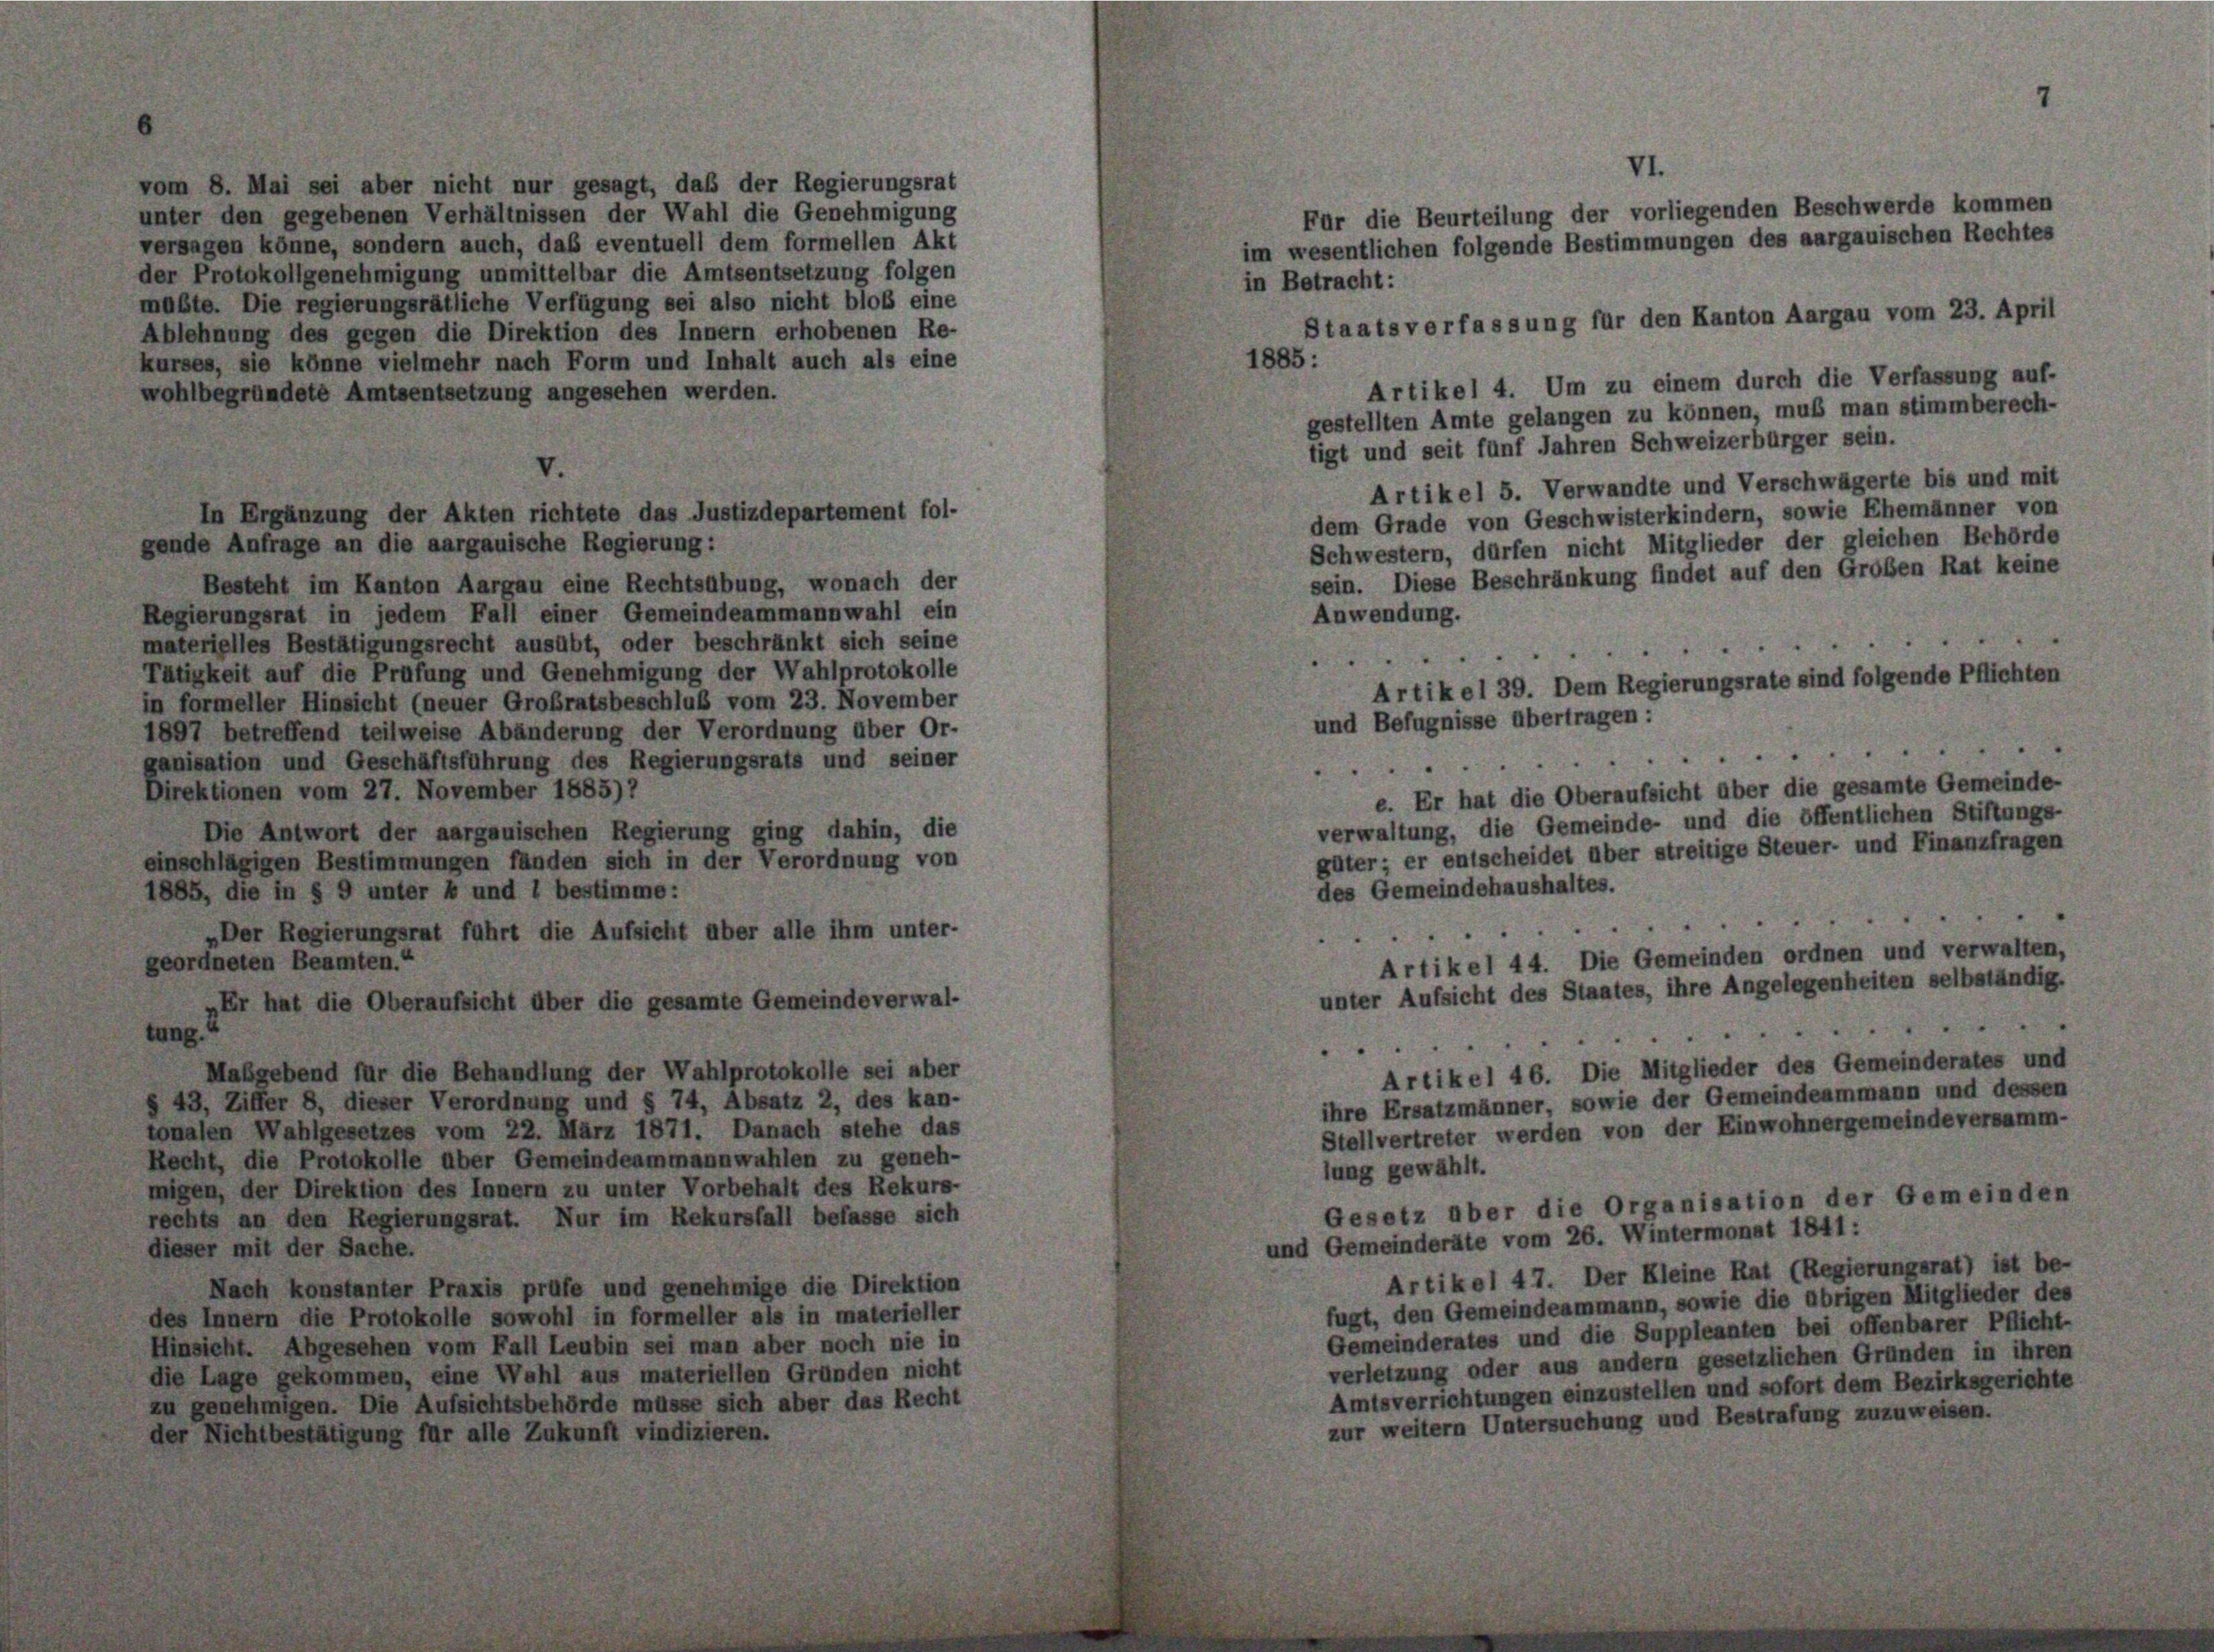
vom 8. Mai sei aber nicht nur gesagt, daß der Regierungsrat
unter den gegebenen Verhältnissen der Wahl die Genehmigung
versagen könne, sondern auch, daß eventuell dem formellen Akt
der Protokollgenehmigung unmittelbar die Amtsentsetzung folgen
müßte. Die regierungsrätliche Verfügung sei also nicht bloß eine
Ablehnung des gegen die Direktion des Innern erhobenen Re-
kurses, sie könne vielmehr nach Form und Inhalt auch als eine
wohlbegründete Amtsentsetzung angesehen werden.
V.
In Ergänzung der Akten richtete das Justizdepartement fol-

gende Anfrage an die aargauische Regierung:
Besteht im Kanton Aargau eine Rechtsübung, wonach der
Regierungsrat in jedem Fall einer Gemeindeammannwahl ein
materielles Bestätigungsrecht ausübt, oder beschränkt sich seine
Tätigkeit auf die Prüfung und Genehmigung der Wahlprotokolle
in formeller Hinsicht (neuer Großratsbeschluß vom 23. November
1897 betreffend teilweise Abänderung der Verordnung über Or-
ganisation und Geschäftsführung des Regierungsrats und seiner
Direktionen vom 27. November 1885)7
Die Antwort der aargauischen Regierung ging dahin, die
einschlägigen Bestimmungen fänden sich in der Verordnung von
1885, die in § 9 unter 4 und 1 bestimme:
Der Regierungsrat führt die Aufsicht über alle ihm unter-
geordneten Beamten.“
„Er hat die Oberaufsicht über die gesamte Gemeindeverwal-

Maßgebend für die Behandlung der Wahlprotokolle sei aber
43, Ziffer 8, dieser Verordnung und § 74, Absatz 2, des kan-
tonalen Wahlgesetzes vom 22. März 1871. Danach stehe das
Recht, die Protokolle über Gemeindeammannwahlen zu geneh-
migen, der Direktion des Innern zu unter Vorbehalt des Rekurs-
rechts an den Regierungsrat. Nur im Rekursfall befasse sich
dieser mit der Sache.
Nach konstanter Praxis prüfe und genehmige die Direktion
des Innern die Protokolle sowohl in formeller als in materieller
Hinsicht. Abgesehen vom Fall Leubin sei man aber noch nie in
die Lage gekommen, eine Wahl aus materiellen Gründen nicht
zu genehmigen. Die Aufsichtsbehörde müsse sich aber das Recht
der Nichtbestätigung für alle Zukunft vindizieren.

im wesentlichen folgende Bestimmungen des aargauischen Rechtes
in Betracht:
1885:
Artikel 4. Um zu einem durch die Verfassung auf-
gestellten Amte gelangen zu können, muß man stimmberech-

verwaltung, die Gemeinde- und die öffentlichen Stiftungs-
güter; er entscheidet über streitige Steuer- und Finanzfragen
des Gemeindehaushaltes.
.
Artikel 44. Die Gemeinden ordnen und verwalten,
unter Aufsicht des Staates, ihre Angelegenheiten selbständig.
.
"
Artikel 46. Die Mitglieder des Gemeinderates und
ihre Ersatzmänner, sowie der Gemeindeammann und dessen
Stellvertreter werden von der Einwohnergemeindeversamm-
lung gewählt.
Gesetz über die Organisation der Gemeinden
und Gemeinderäte vom 26. Wintermonat 1841 :
Artikel 47. Der Kleine Rat (Regierungsrat) ist be-
fugt, den Gemeindeammann, sowie die übrigen Mitglieder des
Gemeinderates und die Suppleanten bei offenbarer Pflicht-
verletzung oder aus andern gesetzlichen Gründen in ihren
Amtsverrichtungen einzustellen und sofort dem Bezirksgerichte
zur weitern Untersuchung und Bestrafung zuzuweisen.

tigt und seit fünf Jahren Schweizerbürger sein.
Artikel 5. Verwandte und Verschwägerte bis und mit
dem Grade von Geschwisterkindern, sowie Ehemänner von
Schwestern, dürfen nicht Mitglieder der gleichen Behörde
sein. Diese Beschränkung findet auf den Großen Rat keine
Anwendung.
Artikel 39. Dem Regierungsrate sind folgende Pflichten
und Befugnisse übertragen:
e
e. Er hat die Oberaufsicht über die gesamte Gemeinde-

VI.
Für die Beurteilung der vorliegenden Beschwerde kommen
Staatsverfassung für den Kanton Aargau vom 23. April